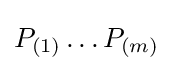
P_{(1)}\ldots P_{(m)}